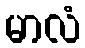
မာလံ